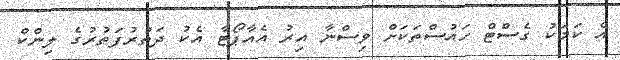
އެ ކަމަކު ގެސްޓް ހައުސްތަކަށް ވިސްނާ އިރު އެއާޕޯޓާ އެކު ދަތުރުފަތުރުގެ ލިންކް